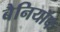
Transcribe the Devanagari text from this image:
बैनियॉफ